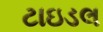
ટાઇડલ